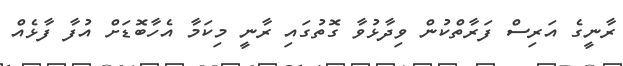
ރާނީގެ އަރިސް ފަރާތްކުން ވިދާޅުވާ ގޮތުގައި ރާނީ މިކަމާ އެހާބޮޑަށް އުފާ ފާޅެއް